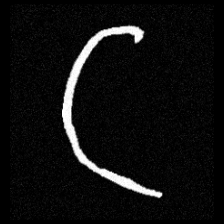
Pyu character \u2014 Myanmar letter: ဋ (romanized: tta)